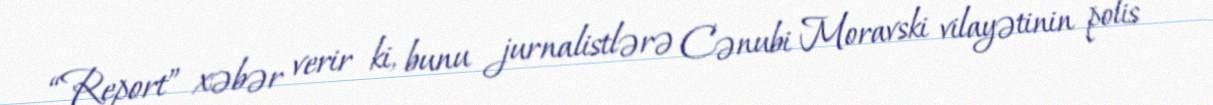
“Report” xəbər verir ki, bunu jurnalistlərə Cənubi Moravski vilayətinin polis